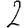
Digit: 2